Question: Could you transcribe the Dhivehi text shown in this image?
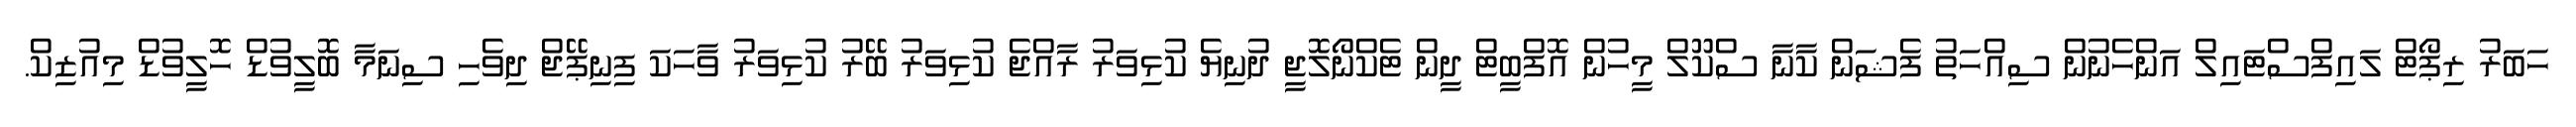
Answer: ހަބަރު ރިޕޯޓް ލައިފްސްޓައިލް އަންހެނުން ސިއްހަތު ފެޝަން ކާނާ ސްކޫލް މީހުން އޮފްބީޓް ދީން ޓެކްނޯލޮޖީ ދުނިޔެ ކުޅިވަރު ރާއްޖެ ކުޅިވަރު ބޭރު ކުޅިވަރު ވާހަކަ ފިނިޕޭޖް ދިވެހި ސިނަމާ ބޮލީވުޑް ހޮލީވުޑް މިއުޒިކް.